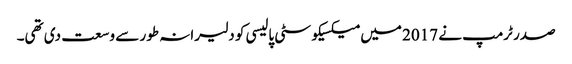
صدر ٹرمپ نے 2017 میں میکسیکو سٹی پالیسی کو دلیرانہ طور سے وسعت دی تھی۔